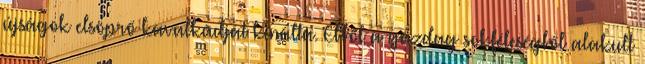
újságok elsöprő kavalkádját kínálta. Ebből a gazdag sokféleségből alakult